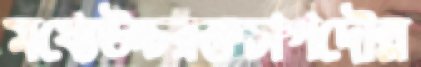
মধ্যেউচ্চরক্তচাপদৌল্ল